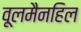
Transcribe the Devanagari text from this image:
वूलमैनहिल